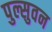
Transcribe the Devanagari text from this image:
पुल्सुवन